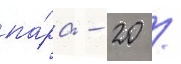
па́ра - 20 /